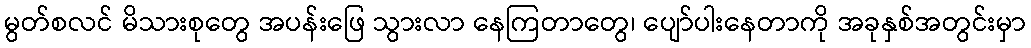
မွတ်စလင် မိသားစုတွေ အပန်းဖြေ သွားလာ နေကြတာတွေ၊ ပျော်ပါးနေတာကို အခုနှစ်အတွင်းမှာ